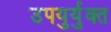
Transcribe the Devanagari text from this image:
उपयुर्युक्त